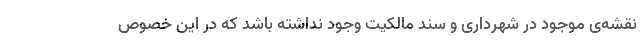
نقشه‌ی موجود در شهرداری و سند مالکیت وجود نداشته باشد که در این خصوص